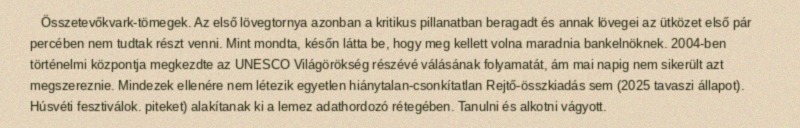
Összetevőkvark-tömegek. Az első lövegtornya azonban a kritikus pillanatban beragadt és annak lövegei az ütközet első pár percében nem tudtak részt venni. Mint mondta, későn látta be, hogy meg kellett volna maradnia bankelnöknek. 2004-ben történelmi központja megkezdte az UNESCO Világörökség részévé válásának folyamatát, ám mai napig nem sikerült azt megszereznie. Mindezek ellenére nem létezik egyetlen hiánytalan-csonkítatlan Rejtő-összkiadás sem (2025 tavaszi állapot). Húsvéti fesztiválok. piteket) alakítanak ki a lemez adathordozó rétegében. Tanulni és alkotni vágyott.